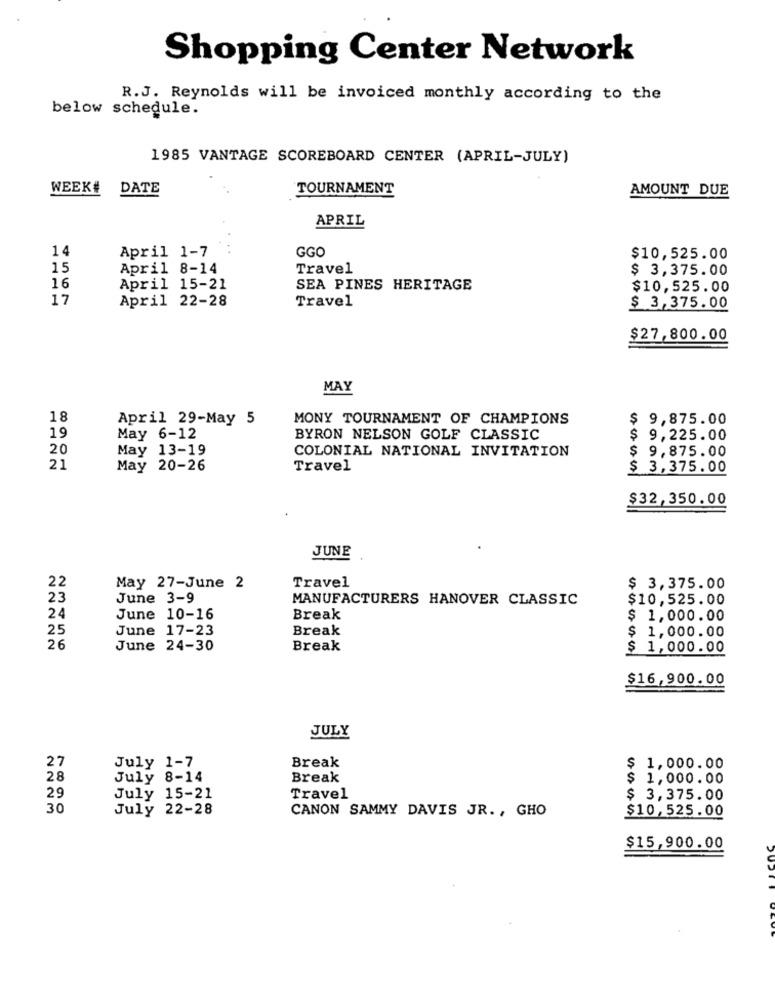
Shopping Center Network
R.J. Reynolds will be invoiced monthly according to the
below schedule.
1985 VANTAGE SCOREBOARD CENTER (APRIL-JULY)
WEEK# DATE
TOURNAMENT
AMOUNT DUE
APRIL
14
April 1-7
GGO
$10,525.00
15
April 8-14
Travel
$ 3,375.00
16
April 15-21
SEA PINES HERITAGE
$10,525.00
17
April 22-28
Travel
$ 3,375.00
$27,800.00
MAY
18
April 29-May 5
MONY TOURNAMENT OF CHAMPIONS
$ 9,875.00
19
May 6-12
BYRON NELSON GOLF CLASSIC
$ 9,225.00
20
May 13-19
COLONIAL NATIONAL INVITATION
$ 9,875.00
21
May 20-26
Travel
$ 3,375.00
$32,350.00
JUNE
Travel
22
May 27-June 2
$ 3,375.00
23
June 3-9
MANUFACTURERS HANOVER CLASSIC
$10,525.00
24
June 10-16
Break
$ 1,000.00
25
June 17-23
Break
$ 1,000.00
26
June 24-30
Break
$ 1,000.00
$16,900.00
JULY
27
Break
July 1-7
$ 1,000.00
28
July 8-14
Break
$ 1,000.00
29
July 15-21
Travel
$ 3,375.00
30
July 22-28
CANON SAMMY DAVIS JR ., GHO
$10,525.00
$15,900.00